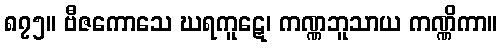
၈၇၅။ ဗီဇကောသေ ဃရကူဋေ၊ ကဏ္ဏဘူသာယ ကဏ္ဏိကာ။